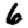
Digit: 6